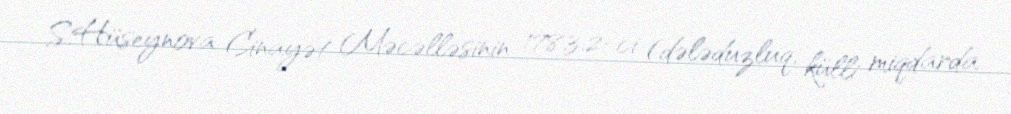
S.Hüseynova Cinayət Məcəlləsinin 178.3.2-ci (dələduzluq, külli miqdarda